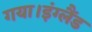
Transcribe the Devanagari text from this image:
गया।इंग्लैंड